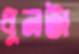
ধুনটা